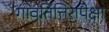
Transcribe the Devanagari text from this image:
गावतित्तिरापेक्षा